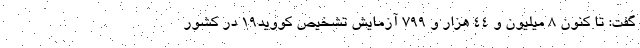
گفت: تا کنون ۸ میلیون و ۴۴ هزار و ۷۹۹ آزمایش تشخیص کووید۱۹ در کشور